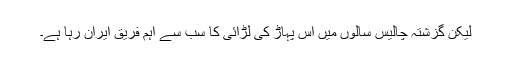
لیکن گزشتہ چالیس سالوں میں اس پہاڑ کی لڑائی کا سب سے اہم فریق ایران رہا ہے۔